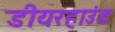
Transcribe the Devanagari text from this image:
डीयरहाउंड